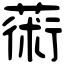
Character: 𦸇